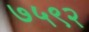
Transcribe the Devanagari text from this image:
७५९२